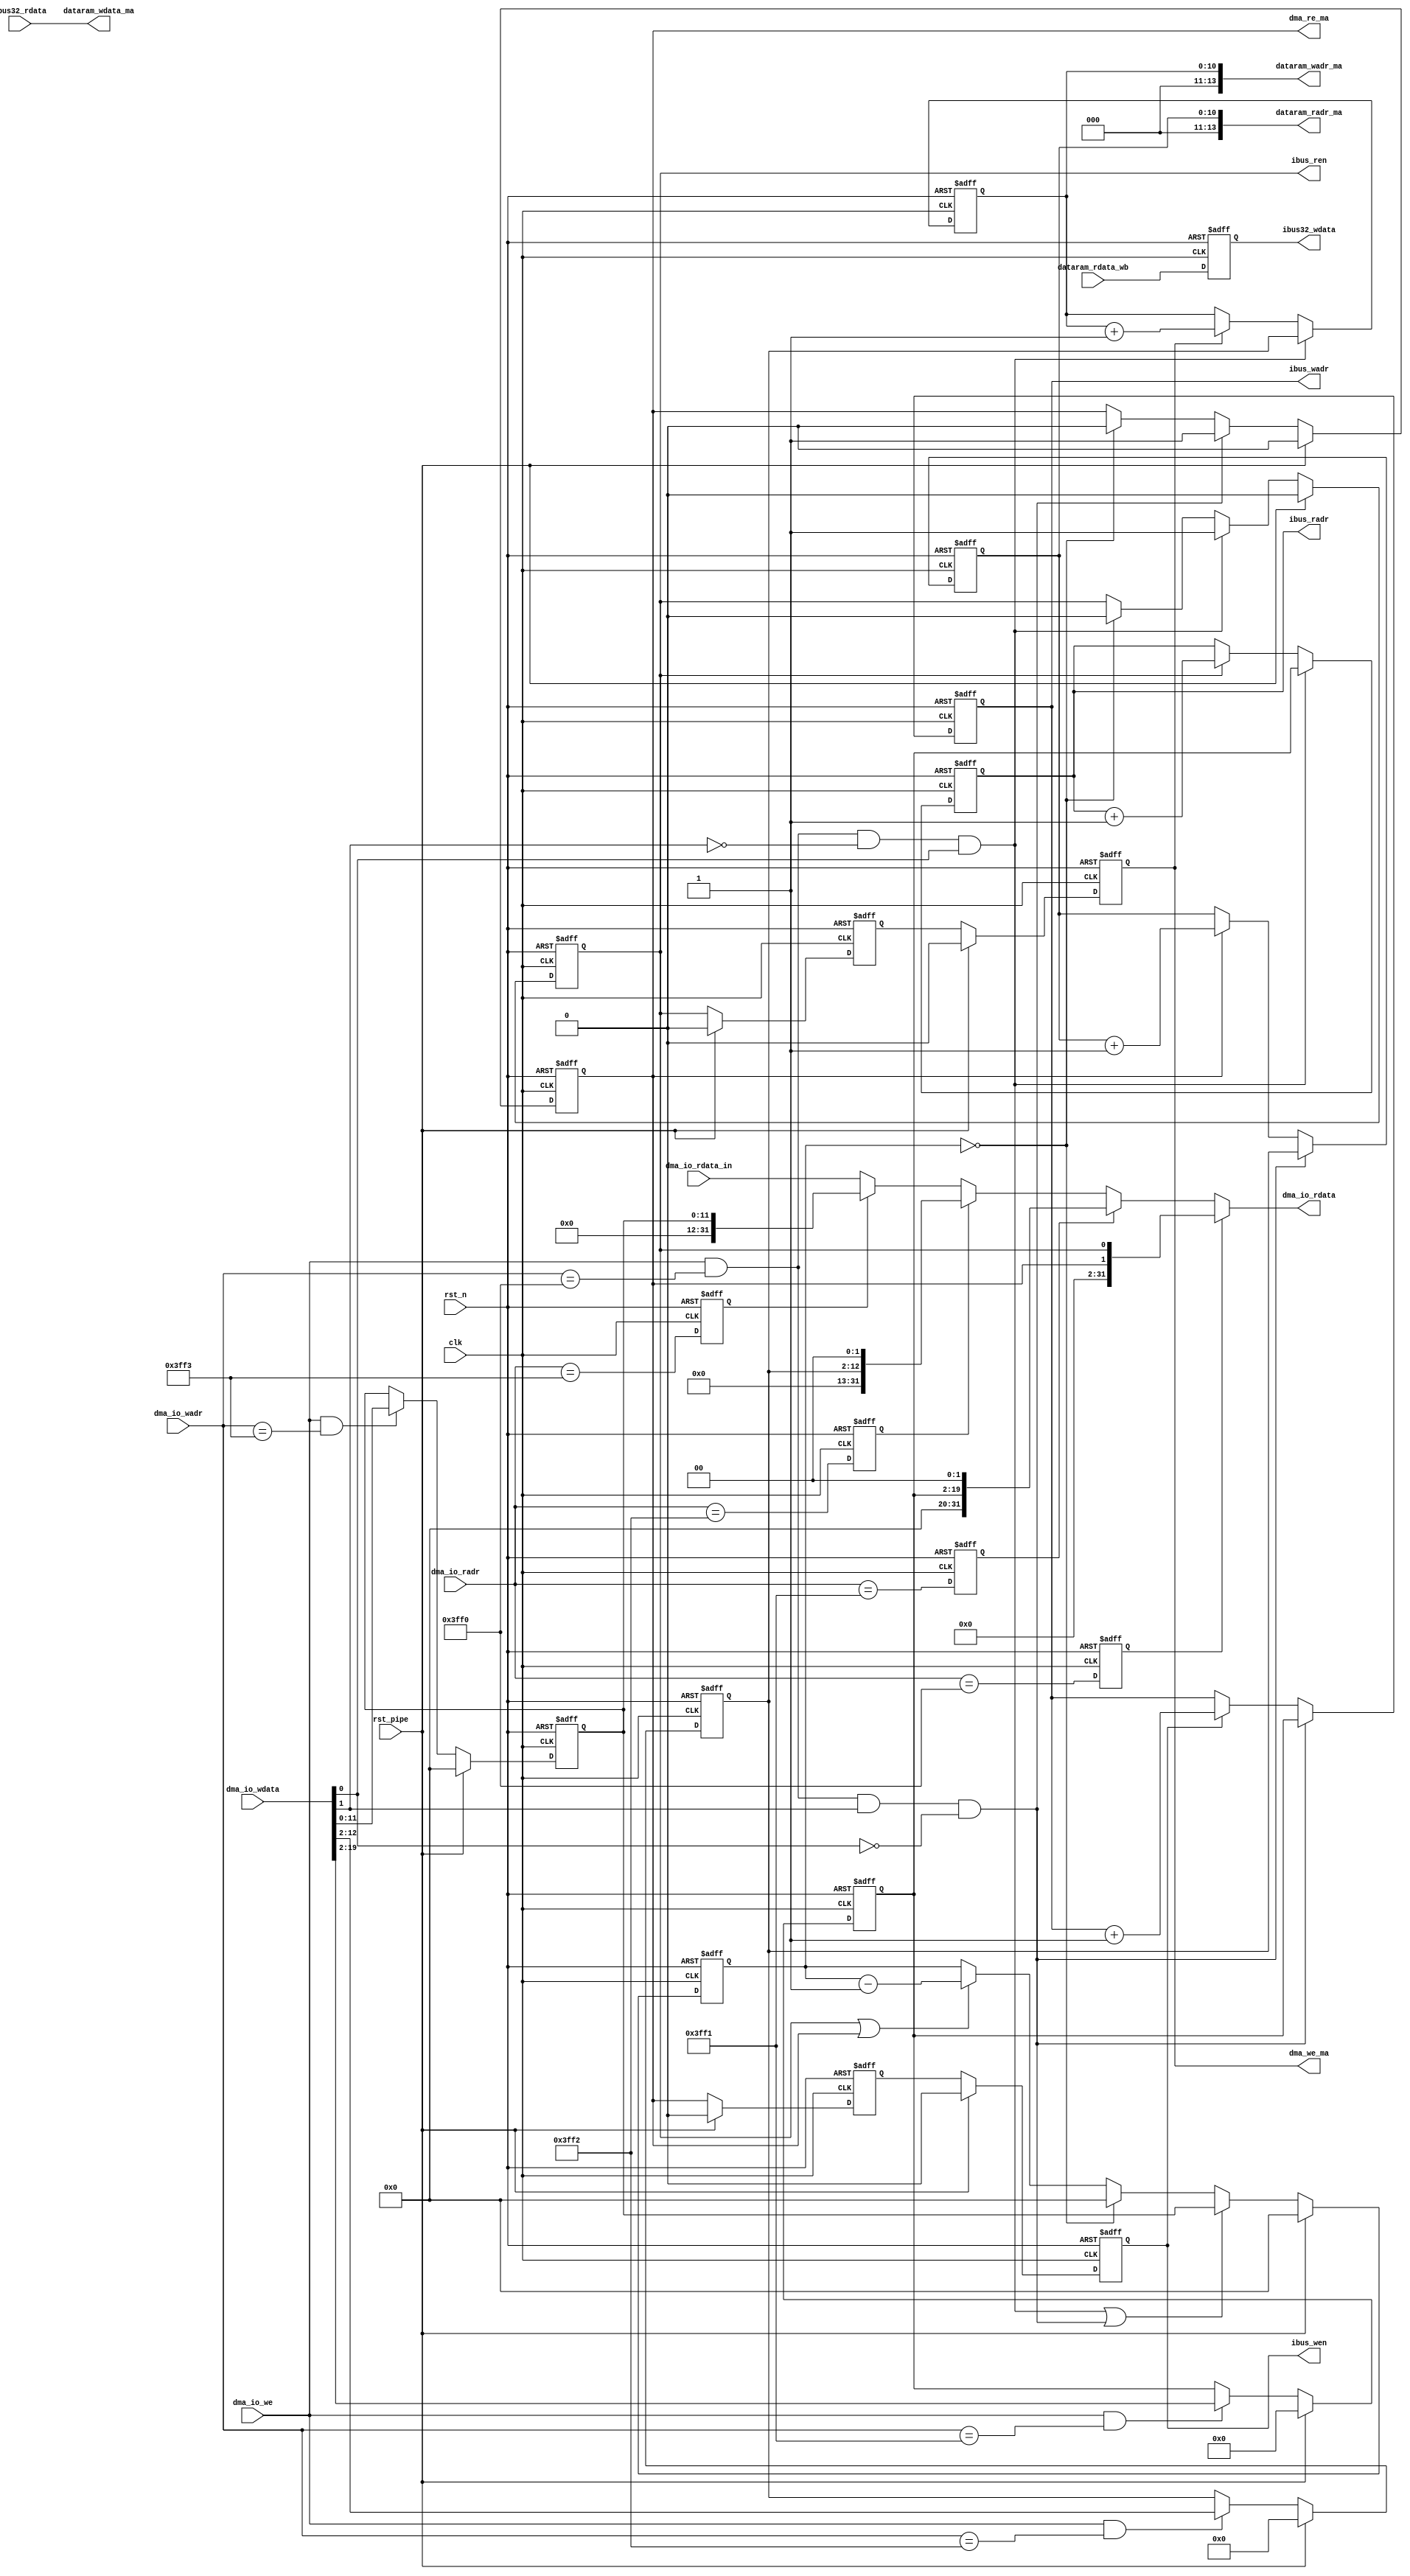
/*
 * My RISC-V RV32I CPU
 *   Tiny DMA Module
 *    Verilog code
 * @auther		Yoshiki Kurokawa <yoshiki.k963@gmail.com>
 * @copylight	2023 Yoshiki Kurokawa
 * @license		https://opensource.org/licenses/MIT     MIT license
 * @version		0.1
 */

module dma
	#(parameter DWIDTH = 11)
	(
	input clk,
	input rst_n,

	// from io_rw block
	input dma_io_we,
	input [15:2] dma_io_wadr,
	input [31:0] dma_io_wdata,
	input [15:2] dma_io_radr,
	input [31:0] dma_io_rdata_in,
	output [31:0] dma_io_rdata,
	// from/to MA
	output dma_we_ma,
	output [15:2] dataram_wadr_ma,
	output [15:0] dataram_wdata_ma,
	output dma_re_ma,
	output [15:2] dataram_radr_ma,
	input [15:0] dataram_rdata_wb,
	// form/to io bus part
    output ibus_ren,
    output [19:2] ibus_radr,
    input [15:0] ibus32_rdata,
    output ibus_wen,
    output [19:2] ibus_wadr,
    output reg [15:0] ibus32_wdata,

	// reset pipe
	input rst_pipe

	);

// address register
`define SYS_DMA_START 14'h3FF0
`define SYS_DMA_IOSTR 14'h3FF1
`define SYS_DMA_MESTR 14'h3FF2
`define SYS_DMA_DCNTR 14'h3FF3

// read decoder
wire status_re_pre = (dma_io_radr == `SYS_DMA_START);
wire io_start_adr_re_pre = (dma_io_radr == `SYS_DMA_IOSTR);
wire mem_start_adr_re_pre = (dma_io_radr == `SYS_DMA_MESTR);
wire dcntr_re_pre = (dma_io_radr == `SYS_DMA_DCNTR);

reg status_re;
reg io_start_adr_re;
reg mem_start_adr_re;
reg dcntr_re;

reg read_run;
reg write_run;
reg [19:2] io_start_adr;
reg [DWIDTH+1:2] mem_start_adr;
reg [DWIDTH:0] dcntr;
reg [DWIDTH:0] btb_cntr;

always @ ( posedge clk or negedge rst_n) begin   
	if (~rst_n) begin
        status_re <= 1'b0;
        io_start_adr_re <= 1'b0;
        mem_start_adr_re <= 1'b0;
        dcntr_re <= 1'b0;
	end
	else begin
        status_re <= status_re_pre;
        io_start_adr_re <= io_start_adr_re_pre;
        mem_start_adr_re <= mem_start_adr_re_pre;
        dcntr_re <= dcntr_re_pre;
	end
end

assign dma_io_rdata = status_re ? { 16'd0, 14'd0, write_run, read_run } :
					  io_start_adr_re ? { 10'd0, io_start_adr, 2'b00 } :
					  mem_start_adr_re ? { { 30-DWIDTH{1'b0}}, mem_start_adr, 2'b00 } :
					  dcntr_re ? {  { 31-DWIDTH{1'b0}}, dcntr } : dma_io_rdata_in;

// write decoder
// inhibit to write 2'b11 to start regster 
wire read_start_we  = dma_io_we & (dma_io_wadr == `SYS_DMA_START) & ~dma_io_wdata[1] &  dma_io_wdata[0];
wire write_start_we = dma_io_we & (dma_io_wadr == `SYS_DMA_START) &  dma_io_wdata[1] & ~dma_io_wdata[0];
wire io_start_adr_we  = dma_io_we & (dma_io_wadr == `SYS_DMA_IOSTR);
wire mem_start_adr_we  = dma_io_we & (dma_io_wadr == `SYS_DMA_MESTR);
wire dcntr_we  = dma_io_we & (dma_io_wadr == `SYS_DMA_DCNTR);

// registers

always @ ( posedge clk or negedge rst_n) begin   
	if (~rst_n)
        io_start_adr <= 18'd0;
	else if (rst_pipe)
        io_start_adr <= 18'd0;
	else if (io_start_adr_we)
        io_start_adr <= dma_io_wdata[19:2];
end	

always @ ( posedge clk or negedge rst_n) begin   
	if (~rst_n)
        mem_start_adr <= { DWIDTH{ 1'b0 }};
	else if (rst_pipe)
        mem_start_adr <= { DWIDTH{ 1'b0 }};
	else if (mem_start_adr_we)
        mem_start_adr <= dma_io_wdata[DWIDTH+1:2];
end

always @ ( posedge clk or negedge rst_n) begin   
	if (~rst_n)
        dcntr <= { DWIDTH+1{ 1'b0 }};
	else if (rst_pipe)
        dcntr <= { DWIDTH+1{ 1'b0 }};
	else if (dcntr_we)
		dcntr <= dma_io_wdata[DWIDTH:0];
end

// mem -> io read counter
reg read_run_l1;
reg read_run_l2;
//reg read_run_l3;
//reg read_run_l4;

always @ ( posedge clk or negedge rst_n) begin   
	if (~rst_n)
        read_run <= 1'b0;
	else if (rst_pipe)
        read_run <= 1'b0;
	else if (read_start_we)
        read_run <= 1'b1;
	else if (btb_cntr == { DWIDTH+1{ 1'b0 }})
        read_run <= 1'b0;
end

always @ ( posedge clk or negedge rst_n) begin   
	if (~rst_n) begin
        read_run_l1 <= 1'b0;
        read_run_l2 <= 1'b0;
        //read_run_l3 <= 1'b0;
        //read_run_l4 <= 1'b0;
	end
	else if (rst_pipe) begin
        read_run_l1 <= 1'b0;
        read_run_l2 <= 1'b0;
        //read_run_l3 <= 1'b0;
        //read_run_l4 <= 1'b0;
	end
	else begin
        read_run_l1 <= read_run;
        read_run_l2 <= read_run_l1;
        //read_run_l3 <= read_run_l2;
        //read_run_l4 <= read_run_l3;
	end
end

// io -> mem wirte counter
reg write_run_l1;
reg write_run_l2;

always @ ( posedge clk or negedge rst_n) begin   
	if (~rst_n)
        write_run <= 1'b0;
	else if (rst_pipe)
        write_run <= 1'b0;
	else if (write_start_we)
        write_run <= 1'b1;
	else if (btb_cntr == { DWIDTH+1{ 1'b0 }})
        write_run <= 1'b0;
end

always @ ( posedge clk or negedge rst_n) begin   
	if (~rst_n) begin
        write_run_l1 <= 1'b0;
        write_run_l2 <= 1'b0;
	end
	else if (rst_pipe) begin
        write_run_l1 <= 1'b0;
        write_run_l2 <= 1'b0;
	end
	else begin
        write_run_l1 <= write_run;
        write_run_l2 <= write_run_l1;
	end
end

// beck to back access counter

always @ ( posedge clk or negedge rst_n) begin   
	if (~rst_n)
        btb_cntr <= { DWIDTH+1{ 1'b0 }};
	else if (rst_pipe)
        btb_cntr <= { DWIDTH+1{ 1'b0 }};
	else if (read_start_we | write_start_we)
        btb_cntr <= dcntr;
	else if (btb_cntr == { DWIDTH+1{ 1'b0 }})
        btb_cntr <= { DWIDTH+1{ 1'b0 }};
	else if (read_run | write_run)
		btb_cntr <= btb_cntr - { {DWIDTH{ 1'b0 }}, 1'b1};
end

// mem -> io
// mem destination address counter
reg [DWIDTH-1:0] mem_r_adr;
always @ ( posedge clk or negedge rst_n) begin   
	if (~rst_n)
        mem_r_adr <= { DWIDTH{ 1'b0 }};
	else if (write_start_we)
        mem_r_adr <= mem_start_adr;
	else if (write_run)
        mem_r_adr <= mem_r_adr + { {DWIDTH-1{ 1'b0 }}, 1'b1};
end

// io destination address counter
reg [19:2] io_w_adr;
always @ ( posedge clk or negedge rst_n) begin   
	if (~rst_n)
        io_w_adr <= 18'd0;
	else if (write_start_we)
        io_w_adr <= io_start_adr;
	else if (write_run_l2)
        io_w_adr <= io_w_adr + 18'd1;
end


// io -> mem
// io source address counter
reg [19:2] io_r_adr;
always @ ( posedge clk or negedge rst_n) begin   
	if (~rst_n)
        io_r_adr <= 18'd0;
	else if (read_start_we)
        io_r_adr <= io_start_adr;
	else if (read_run)
        io_r_adr <= io_r_adr + 18'd1;
end

// mem destination address counter
reg [DWIDTH-1:0] mem_w_adr;
always @ ( posedge clk or negedge rst_n) begin   
	if (~rst_n)
        mem_w_adr <= { DWIDTH{ 1'b0 }};
	else if (read_start_we)
        mem_w_adr <= mem_start_adr;
	else if (read_run_l2)
        mem_w_adr <= mem_w_adr + { {DWIDTH-1{ 1'b0 }}, 1'b1};
end


// io bus signals
assign ibus_ren = read_run;
assign ibus_wadr = io_w_adr;
assign ibus_wen = write_run_l2;
assign ibus_radr = io_r_adr;

always @ ( posedge clk or negedge rst_n) begin   
	if (~rst_n)
        ibus32_wdata <= 16'd0;
	else
        ibus32_wdata <= dataram_rdata_wb[15:0];
end
assign dataram_wdata_ma = ibus32_rdata;

assign dma_we_ma = read_run_l2;
assign dma_re_ma = write_run;

assign dataram_wadr_ma = { 2'd0, mem_w_adr };
assign dataram_radr_ma = { 2'd0, mem_r_adr };

endmodule